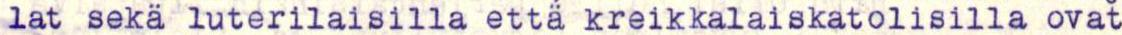
lat sekä luterilaisilla että kreikkalaiskatolisilla ovat